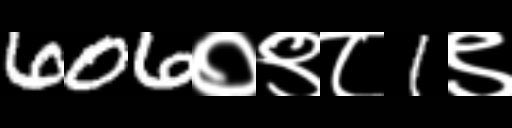
Text: 606०९८1९